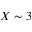
X \sim 3